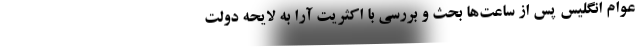
عوام انگلیس پس از ساعت‌ها بحث و بررسی با اکثریت آرا به لایحه دولت